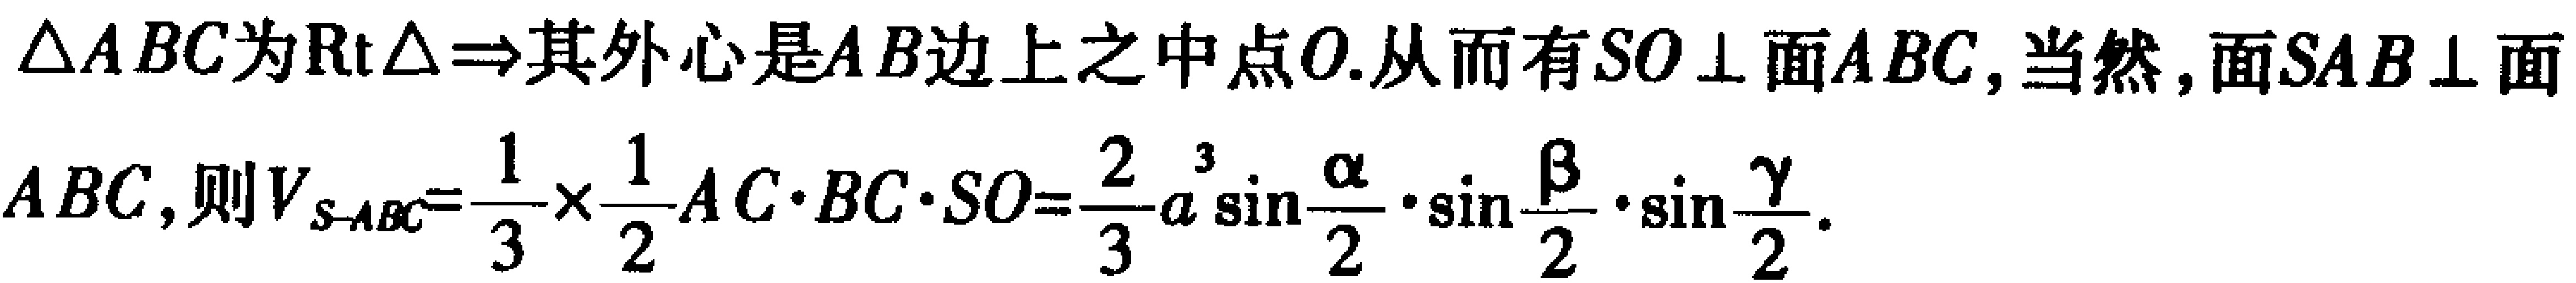
$\triangle ABC\text{为} \mathrm{Rt} \triangle \Rightarrow \text{其外心是}AB\text{边上之中点}O.\text{从而有}SO \perp \text{面}ABC,\text{当然},\text{面}SAB \perp \text{面} \\
ABC,\text{则}V_{S - ABC} = \frac{1}{3} \times \frac{1}{2}AC\cdot BC\cdot SO=\frac{2}{3}a^{3}\sin\frac{\alpha}{2}\cdot \sin\frac{\beta}{2}\cdot \sin\frac{\gamma}{2}.$